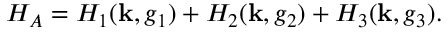
H _ { A } = H _ { 1 } ( { \bf k } , g _ { 1 } ) + H _ { 2 } ( { \bf k } , g _ { 2 } ) + H _ { 3 } ( { \bf k } , g _ { 3 } ) .